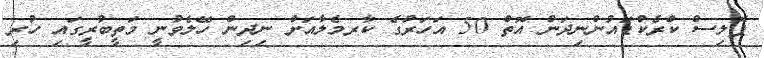
ޕޮލިސް ކްރެކްޑައުންނިދަން އޮތް 50 އަހަރުގެ ކާރމެލާއަށް ނިދިން ހޭލެވުނީ މަތީބުރީގައި ހުރި